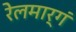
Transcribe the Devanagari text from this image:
रेलमार्गं